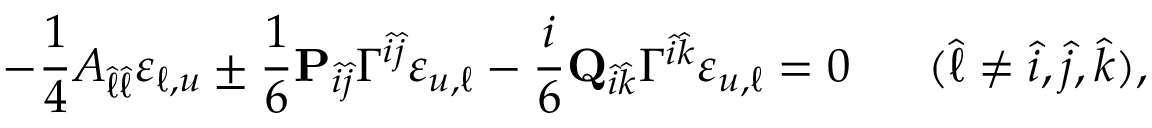
- { \frac { 1 } { 4 } } { \cal A } _ { \hat { \ell } \hat { \ell } } \varepsilon _ { \ell , u } \pm { \frac { 1 } { 6 } } { \bf P } _ { \hat { i } \hat { j } } \Gamma ^ { \hat { i } \hat { j } } \varepsilon _ { u , \ell } - { \frac { i } { 6 } } { \bf Q } _ { \hat { i } \hat { k } } \Gamma ^ { \hat { i } \hat { k } } \varepsilon _ { u , \ell } = 0 \ \ \ \ \ ( \hat { \ell } \neq \hat { i } , \hat { j } , \hat { k } ) ,